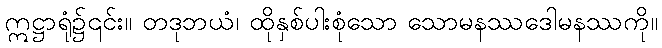
ဣဋ္ဌာရုံ၌၎င်း။ တဒုဘယံ၊ ထိုနှစ်ပါးစုံသော သောမနဿဒေါမနဿကို။